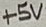
Text: +5V